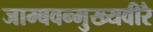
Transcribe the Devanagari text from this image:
जाम्बवन्मुख्यवीरै